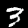
Digit: 3